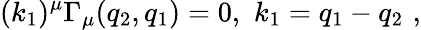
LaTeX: (k_{1})^{\mu}\Gamma_{\mu}(q_{2},q_{1})=0,\, \, k_{1}=q_{1}-q_{2}\, \, ,